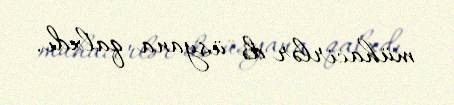
mühacirlər də üsyana qalxdı.